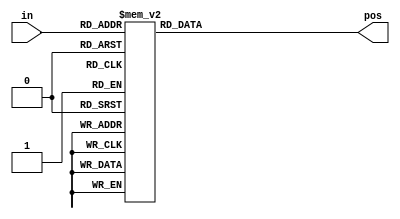
// synthesis verilog_input_version verilog_2001
module top_module (
    input [3:0] in,
    output reg [1:0] pos  );

    always @(*) begin
        case (in)
            4'h0: pos = 2'b00;
            4'h1: pos = 2'b00;
            4'h2: pos = 2'b01;
            4'h3: pos = 2'b00;
            4'h4: pos = 2'b10;
            4'h5: pos = 2'b00;
            4'h6: pos = 2'b01;
            4'h7: pos = 2'b00;
            4'h8: pos = 2'b11;
            4'h9: pos = 2'b00;
            4'ha: pos = 2'b01;
            4'hb: pos = 2'b00;
            4'hc: pos = 2'b10;
            4'hd: pos = 2'b00;
            4'he: pos = 2'b01;
            4'hf: pos = 2'b00;
        endcase
    end

    // Alternative version 1:
    // NOTE: Require synthesis tool supporting casex statement.
    // always @(*) begin
    //     casex (in)
    //         4'b???1: pos = 2'b00;
    //         4'b??10: pos = 2'b01;
    //         4'b?100: pos = 2'b10;
    //         4'b1000: pos = 2'b11;
    //         default: pos = 2'b00;
    //     endcase
    // end

    // Alternative version 2:
    // NOTE: May violate design rule.
    // always @(*) begin
    //     pos = 2'b 00;
    //     casex (1'b1)
    //         in[0]: pos = 2'b00;
    //         in[1]: pos = 2'b01;
    //         in[2]: pos = 2'b10;
    //         in[3]: pos = 2'b11;
    //         default: pos = 2'b00;
    //     endcase
    // end
    
endmodule